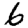
Digit: 6